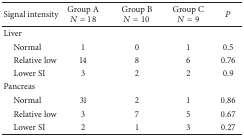
<table><thead><tr><td><b>Signal intensity</b></td><td><b>Group A<i>N</i> = 18</b></td><td><b>Group B<i>N</i> = 10</b></td><td><b>Group C<i>N</i> = 9</b></td><td><b><i>P</i></b></td></tr></thead><tbody><tr><td>Liver</td><td> </td><td> </td><td> </td><td> </td></tr><tr><td> Normal </td><td>1</td><td>0</td><td>1</td><td>0.5</td></tr><tr><td> Relative low</td><td>14</td><td>8</td><td>6</td><td>0.76</td></tr><tr><td> Lower SI</td><td>3</td><td>2</td><td>2</td><td>0.9</td></tr><tr><td>Pancreas</td><td> </td><td> </td><td> </td><td> </td></tr><tr><td> Normal </td><td>31</td><td>2</td><td>1</td><td>0.86</td></tr><tr><td> Relative low</td><td>3</td><td>7</td><td>5</td><td>0.67</td></tr><tr><td> Lower SI</td><td>2</td><td>1</td><td>3</td><td>0.27</td></tr></tbody></table>